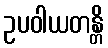
ဥပဝါယတန္တိ